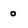
Character: 0